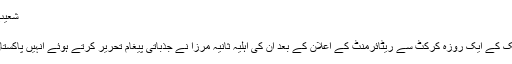
شعیب ملک کی ریٹائرمنٹ پر ثانیہ مرزا آبدیدہ ہو گئیں
06 جولائی 2019 (18:06) 2019-07-06
نئی دہلی:قومی کرکٹ ٹیم کے آل راؤنڈر شعیب ملک کے ایک روزہ کرکٹ سے ریٹائرمنٹ کے اعلان کے بعد ان کی اہلیہ ثانیہ مرزا نے جذباتی پیغام تحریر کرتے ہوئے انہیں پاکستان کے لیے خدمات انجام دینے پر خوب سراہا ہے۔